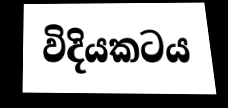
විදියකටය